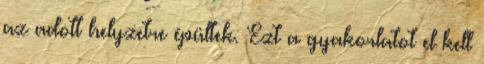
az adott helyzetre épültek. Ezt a gyakorlatot el kell